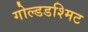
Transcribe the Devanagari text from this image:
गोल्डडश्मिट